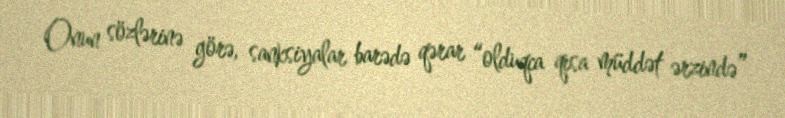
Onun sözlərinə görə, sanksiyalar barədə qərar “olduqca qısa müddət ərzində”